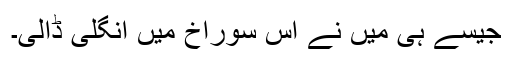
جیسے ہی میں نے اس سوراخ میں انگلی ڈالی۔